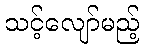
သင့်လျော်မည့်